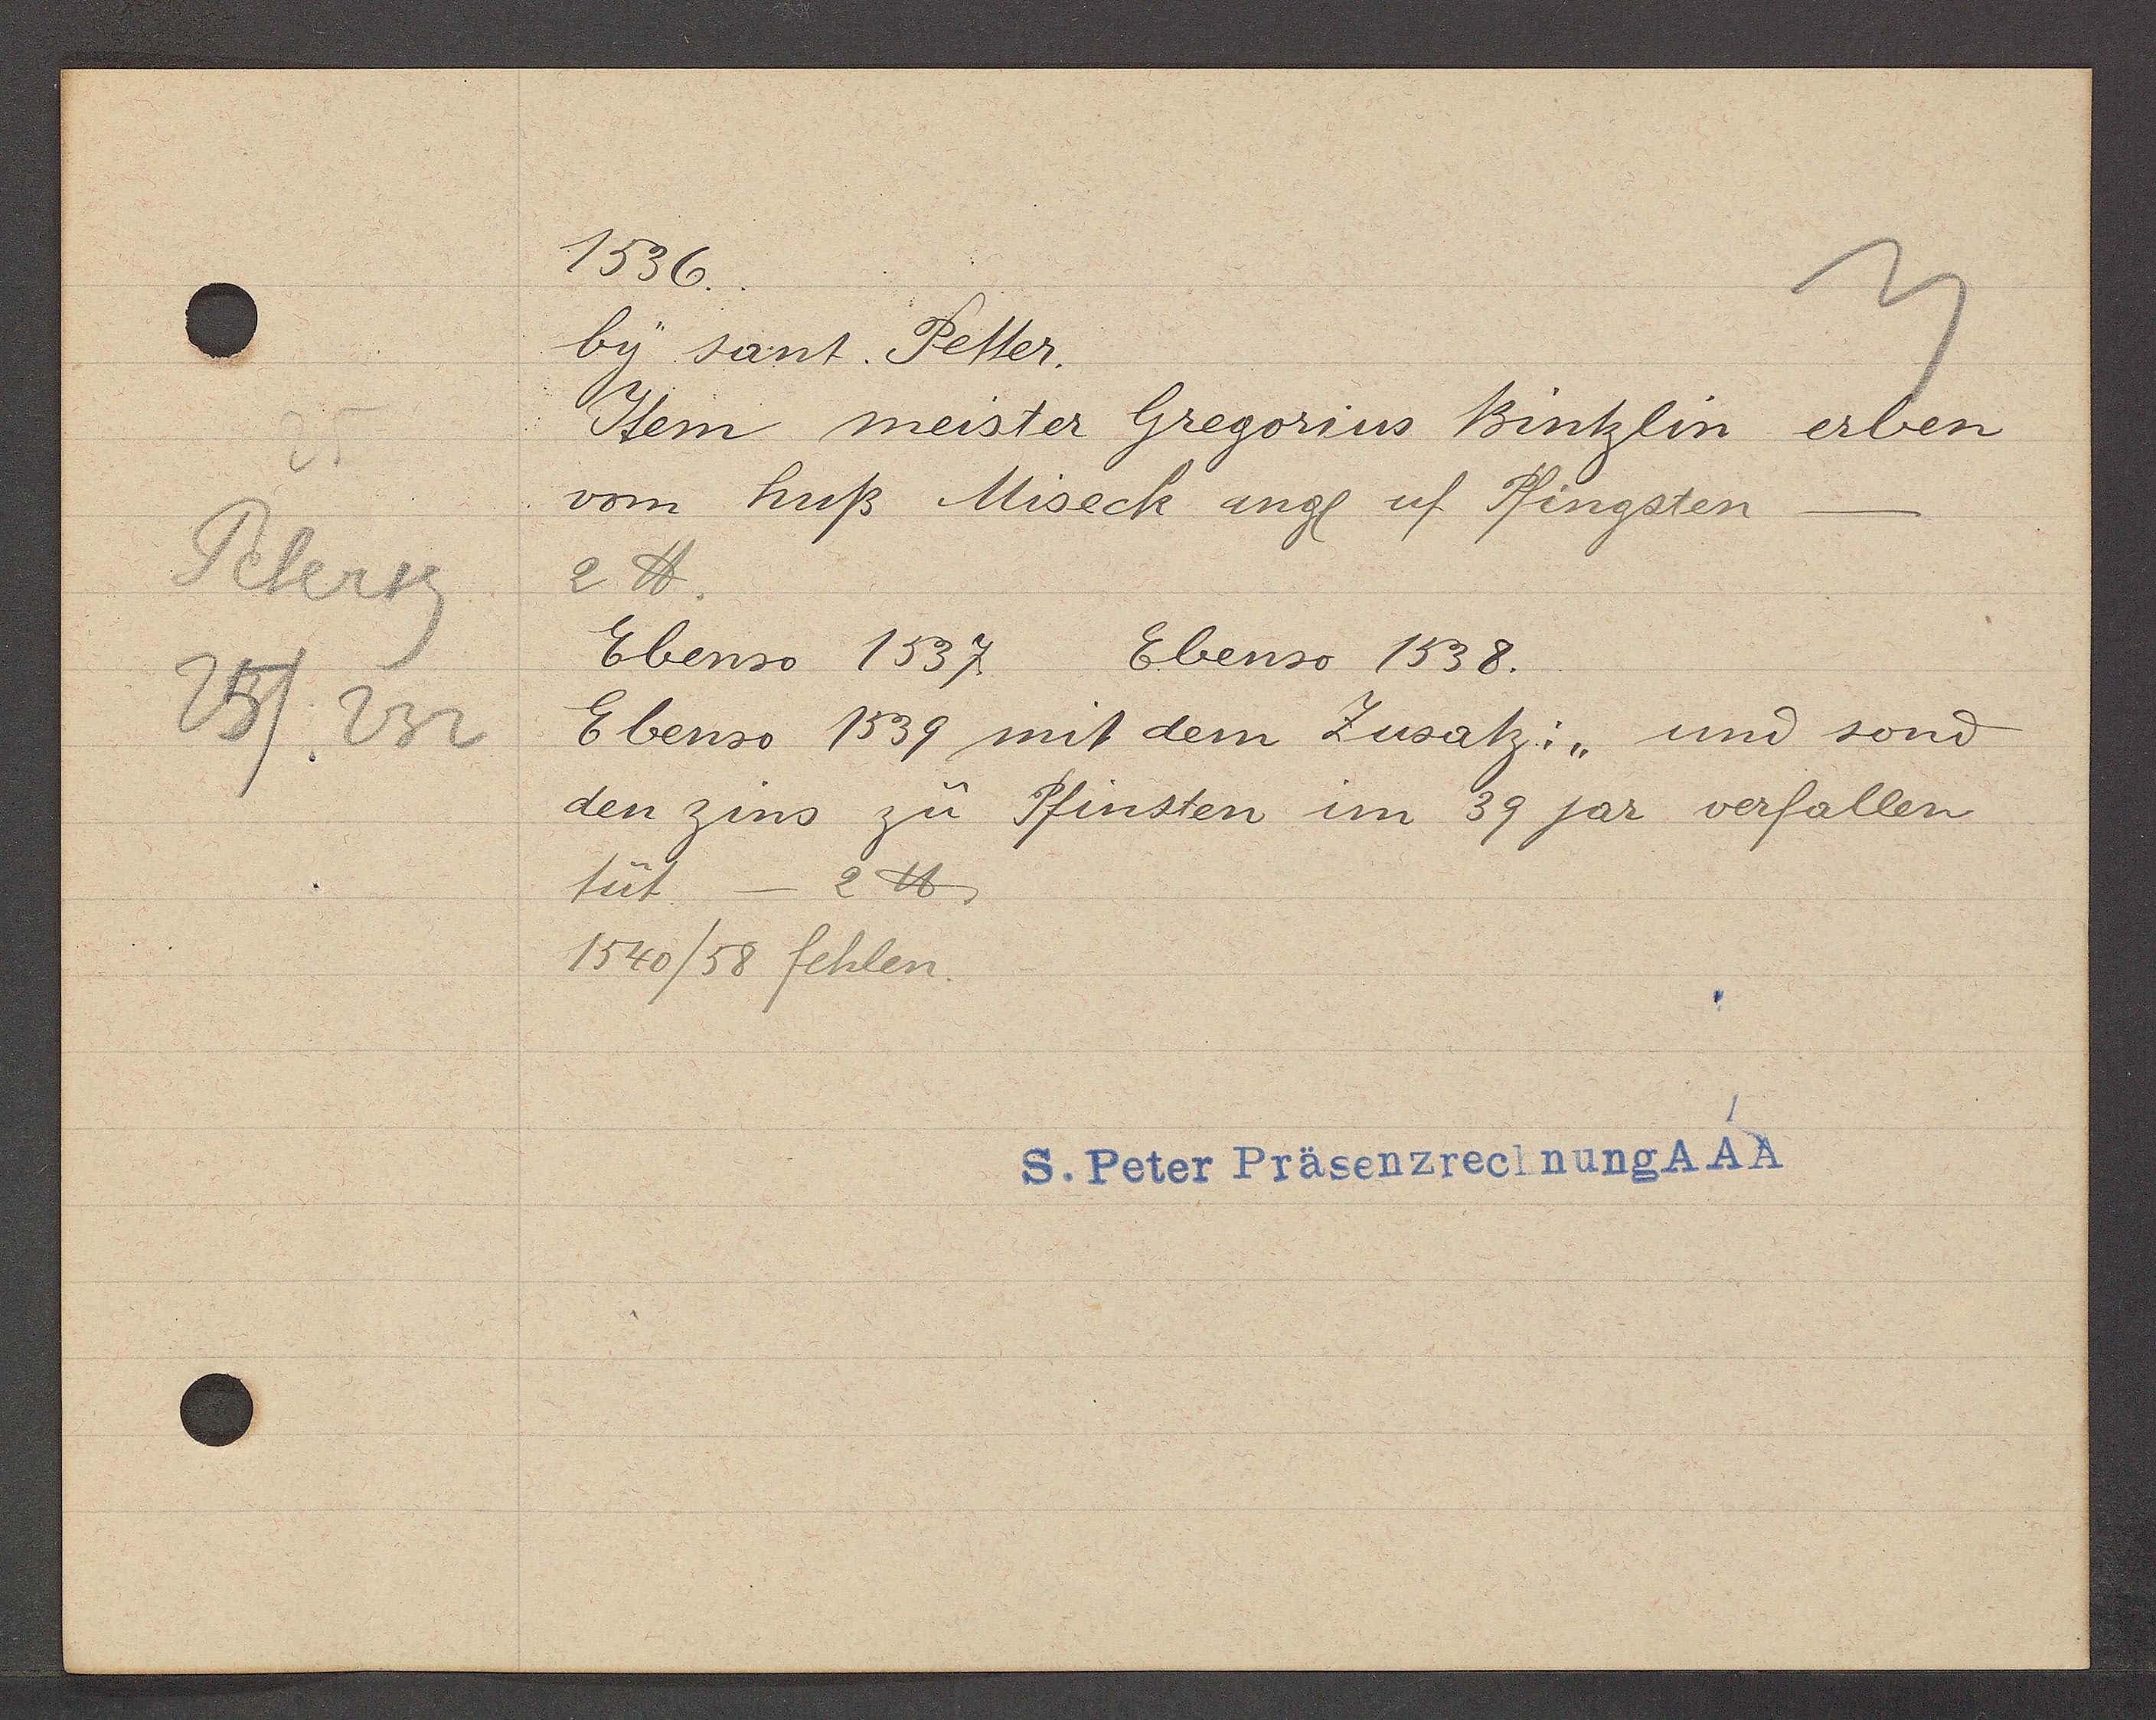
Transcript:
25
Petersg
25/232

1536

by sant. Petter.
Item meister Gregorius Bintzlin erben
vom huß Miseck angl uf Pfingsten
2 ℔.
Ebenso 1537.
Ebenso 1538.
Ebenso 1539 mit dem Zusatz: " und sond
den zins zu Pfinsten im 39 jar verfallen
tüt - 2℔.
1540/58 fehlen.

S. Peter Präsenzrechnung AAA